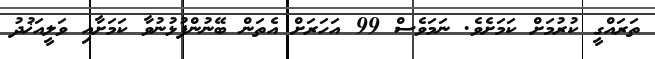
ތަރައްގީ ކުރުމަށް ކަމަށެވެ. ނަމަވެސް 99 އަހަރަށް އެތަން ބޭނުންފުޅުނުވާ ކަމަށާއި ވަލީއަޚުދު